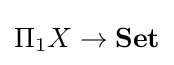
\Pi _{1}X\to \mathbf {Set}